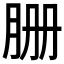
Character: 𦙽